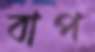
বাপ